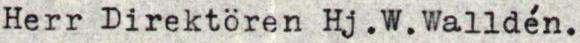
Herr Direktören Hj. W. Walldén.